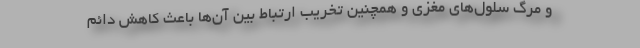
و مرگ سلول‌های مغزی و همچنین تخریب ارتباط بین آن‌ها باعث کاهش دائم